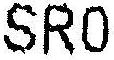
SR0